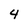
Character: 4